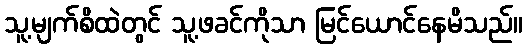
သူ့မျက်စိထဲတွင် သူ့ဖခင်ကိုသာ မြင်ယောင်နေမိသည်။